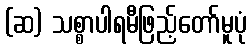
(ဆ) သစ္စာပါရမီဖြည့်တော်မူပုံ